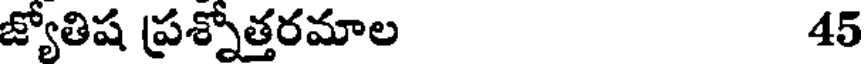
జ్యోతిష ప్రశ్నోత్తరమాల 45